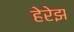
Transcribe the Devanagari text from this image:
हेरेझ